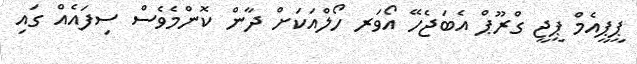
ޕީޕީއެމް ޕީޖީ ގްރޫޕް އެބަޖެހޭ އޯވަރ ހޯލްއަކަށް ދާން ކޮންމެވެސް ސިފައެއް ގައި